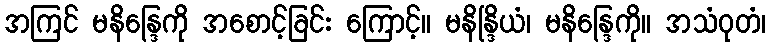
အကြင် မနိန္ဒြေကို အစောင့်ခြင်း ကြောင့်။ မနိန္ဒြိယံ၊ မနိန္ဒြေကို။ အသံဝုတံ၊